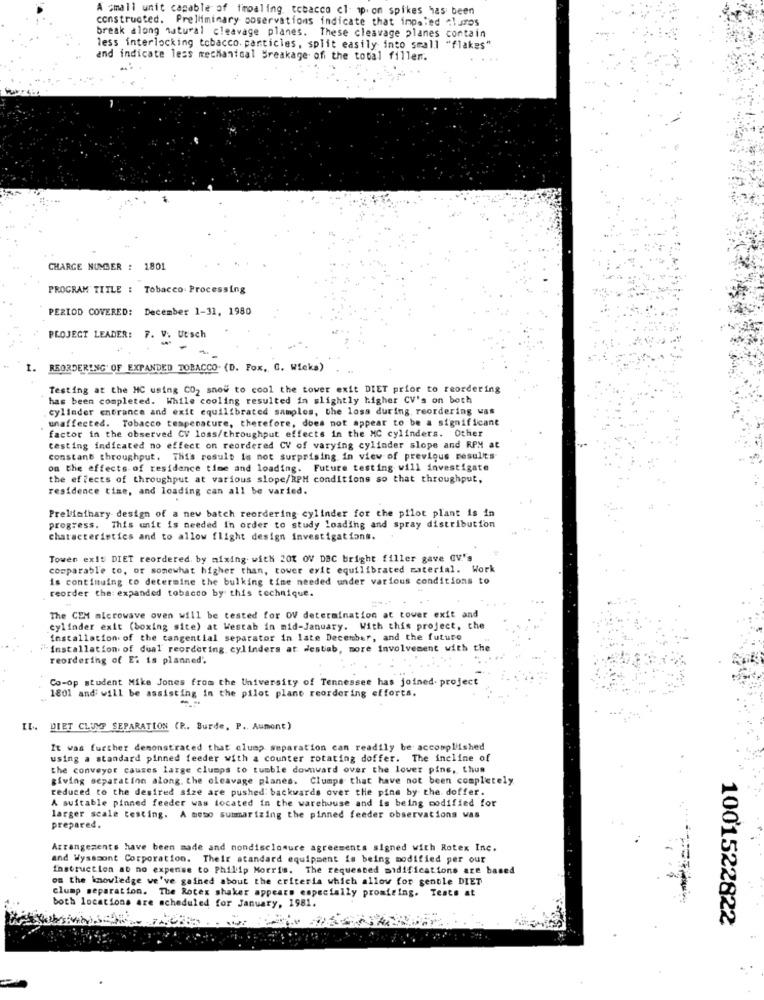
A small unit capable of fmpaling. tobacco cl wp. on spikes has been
constructed. Preliminary observations indicate that impaled curos
break along natural cleavage planes. These cleavage planes contain
less interlocking tobacco. particles, split easily into small "flakes"
and indicate less mechanical Breakage of the total filler.
CHARGE NUMBER : 1801
PROGRAM TITLE : Tobacco Processing
PERIOD COVERED: December 1-31, 1980
PROJECT LEADER: 7. V. Utsch
I. REORDERING OF EXPANDED TOBACCO. (D. Fox, G. Wieks)
Testing at the MC using CO2 snou to cool the tower exit DIET prior to reordering
has been completed. While cooling resulted in slightly higher CV's on both
cylinder entrance and exit equilibrated samples, the loss during reordering was
unaffected. Tobacco temperature, therefore, does not appear to be a significant
factor in the observed CV loss/throughput effects in the MC cylinders. Other
testing indicated no effect on reordered CV of varying cylinder slope and RPM at
constant throughput. This result is not surprising in view of previous results
on the effects of residence time and loading. Future testing will investigate
the effects of throughput at various slope/RPM conditions so that throughput,
residence time, and loading can all be varied.
Preliminary design of a new batch reordering cylinder for the pilot plant is in
progress. This unit is needed In order to study loading and spray distribution
characteristics and to allow flight design investigations.
Towen exit DIET reordered. by mixing with 201 OV DBC bright filler gave CV.'s
comparable to, or somewhat higher than, tower exit equilibrated material. Work
is continuing to determine the bulking time needed under various conditions to
reorder the: expanded tobacco by this technique.
The CEM microwave oven will be tested for OV determination at tower exit and
cylinder exit (boxing site) at Westab in mid-January. With this project, the
installation of the tangential separator in late December, and the future
installation. of dual reordering cylinders at destab, more Involvement with the
reordering of E' is planned'.
Co-op student Mike Jones from the University of Tennessee has joined. project
1801 andi will be assisting in the pilot plane reordering efforts.
--
. DIET CLUMP SEPARATION (P. Burde, P .. Aument)
It was further demonstrated that clump separation can readily be accomplished
using a standard pinned feeder with a counter rotating doffer. The incline of
the conveyor causes large clumps to tumble downward over the lower pine, thus
giving separation along. the cleavage planes. Clumps that have not been completely
reduced to the desired size are pushed: backwards over the pine by the doffer.
A suitable pinned feeder was located in the warehouse and is being codified for
larger scale testing. A meso summarizing the pinned feeder observations vas
prepared.
Arrangements have been made and nondisclosure agreements signed with Rotex Inc.
and Wysssont Corporation. Their standard equipment is being modified per our
Instruction ab no expense to Philip Morris. The requested midifications are based
on the knowledge we've gained about the criteria which allow for gentle DIET
clump separation. The Rotex shaker appears especially promising. Tests at
both locations are scheduled for January, 1981.
1001522822